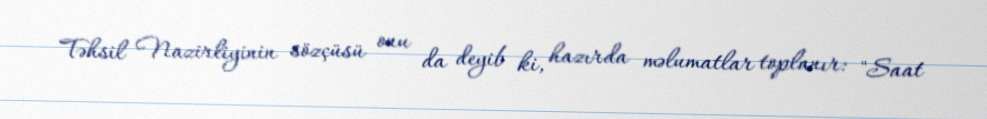
Təhsil Nazirliyinin sözçüsü onu da deyib ki, hazırda məlumatlar toplanır: "Saat